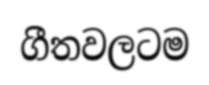
ගීතවලටම